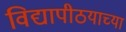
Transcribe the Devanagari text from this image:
विद्यापीठयाच्या